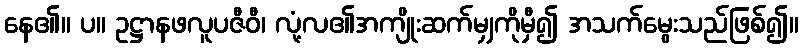
နေ၏။ ပ။ ဥဋ္ဌာနဖလူပဇီဝီ၊ လုံ့လ၏အကျိုးဆက်မျှကိုမှီ၍ အသက်မွေးသည်ဖြစ်၍။